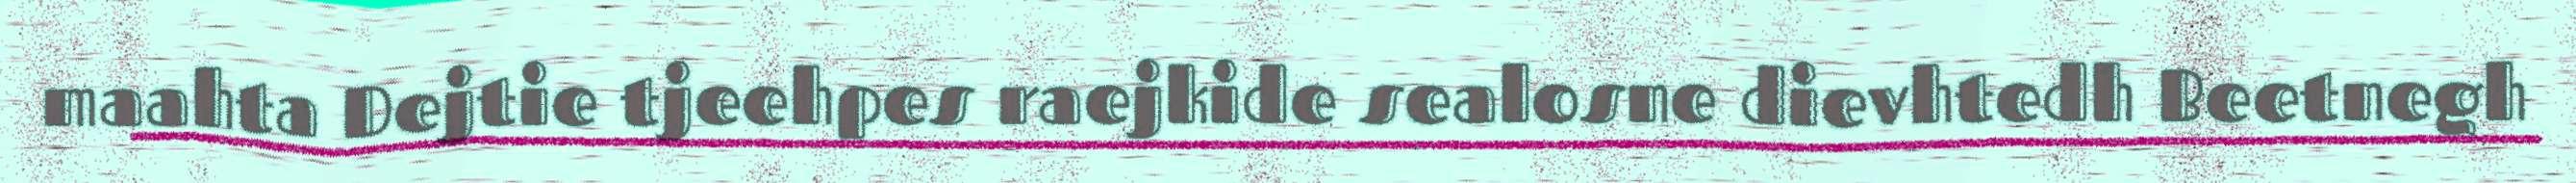
maahta Dejtie tjeehpes raejkide sealosne dievhtedh Beetnegh